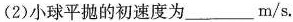
(2)小球平抛的初速度为___m/s。